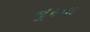
નૂરના